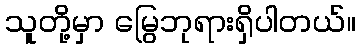
သူတို့မှာ မြွေဘုရားရှိပါတယ်။